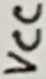
Text: VCC